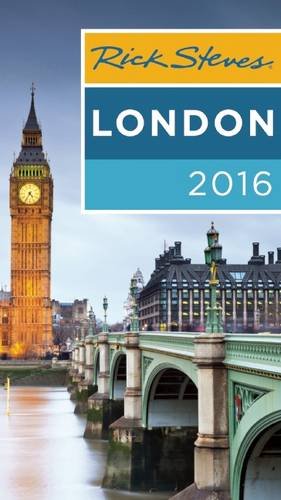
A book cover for Rick Steves London 2016; Rick Steves; Travel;